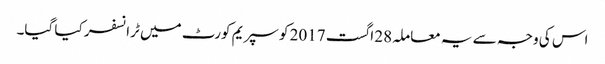
اس کی وجہ سے یہ معاملہ 28 اگست 2017 کو سپریم کورٹ میں ٹرانسفر کیا گیا۔